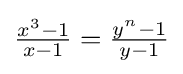
{\tfrac {x^{3}-1}{x-1}}={\tfrac {y^{n}-1}{y-1}}